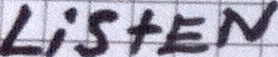
LiStEN